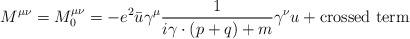
LaTeX: \begin{align*}M^{\mu\nu}=M_0^{\mu\nu}=-e^2\bar{u}\gamma^\mu\frac{1}{i\gamma\cdot(p+q)+m}\gamma^\nu u+\mbox{crossed term}\end{align*}